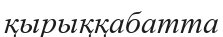
қырыққабатта